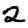
Digit: 2